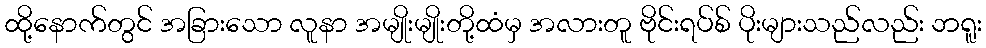
ထို့နောက်တွင် အခြားသော လူနာ အမျိုးမျိုးတို့ထံမှ အလားတူ ဗိုင်းရပ်စ် ပိုးများသည်လည်း ဘရူး